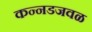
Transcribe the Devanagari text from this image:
कन्नडजवळ